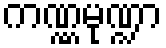
ကဏ္ဏမုဏ္ဍာ